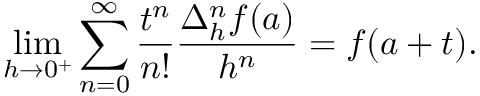
\operatorname* { l i m } _ { h \to 0 ^ { + } } \sum _ { n = 0 } ^ { \infty } { \frac { t ^ { n } } { n ! } } { \frac { \Delta _ { h } ^ { n } f ( a ) } { h ^ { n } } } = f ( a + t ) .